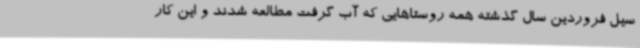
سیل فروردین سال گذشته همه روستاهایی که آب گرفت مطالعه شدند و این کار